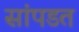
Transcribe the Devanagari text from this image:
सांपडत